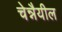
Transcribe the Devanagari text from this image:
चेन्नैयील